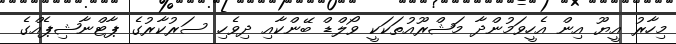
މިހާރު އީޔޫ އިން އެހީވަމުންދާ މަޝްރޫއުތަކަކީ ވޯލްޑް ބޭންކާއި ދިވެހި ސަރުކާރުގެ ޕާޓްނާޝިޕެއްގެ